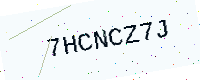
Text: 7HCNCZ7J